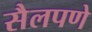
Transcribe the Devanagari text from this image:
सैलपणे